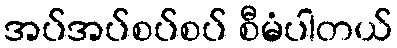
အပ်အပ်စပ်စပ် စီမံပါတယ်